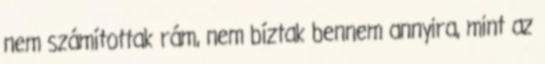
nem számítottak rám, nem bíztak bennem annyira, mint az